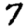
Digit: 7